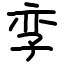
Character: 孪